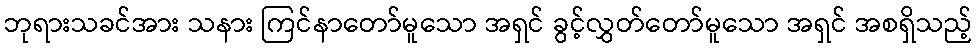
ဘုရားသခင်အား သနား ကြင်နာတော်မူသော အရှင် ခွင့်လွှတ်တော်မူသော အရှင် အစရှိသည့်